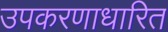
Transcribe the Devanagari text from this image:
उपकरणाधारित